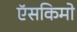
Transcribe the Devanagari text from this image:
ऍसकिमो